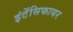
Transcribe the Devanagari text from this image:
इंटेंसिफायर